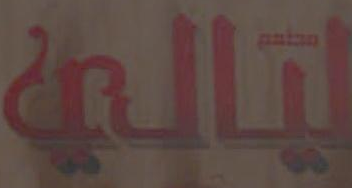
ليالي